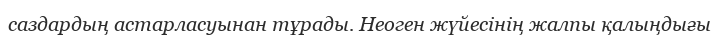
саздардың астарласуынан тұрады. Неоген жүйесінің жалпы қалыңдығы